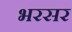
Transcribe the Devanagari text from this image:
भरसर